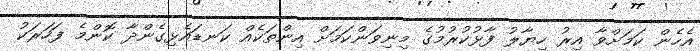
އެހެން ކަމަށްވާ އިރު ހިޔާލު ފާޅުކުރުމުގެ މިނިވަންކަމަށް އިންތަކެއް ކަނޑައެޅިގެންދާ ކޮންމެ ފަހަރަކު